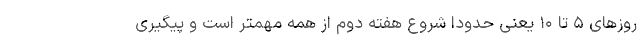
روزهای ۵ تا ۱۰ یعنی حدودا شروع هفته دوم از همه مهمتر است و پیگیری